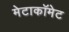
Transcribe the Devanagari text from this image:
मेटाकॉमेट